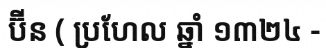
ប៊ីន ( ប្រហែល ឆ្នាំ ១៣២៤ -